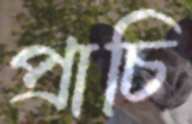
প্রাচি